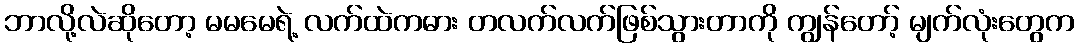
ဘာလို့လဲဆိုတော့ မမမေရဲ့ လက်ထဲကဓား တလက်လက်ဖြစ်သွားတာကို ကျွန်တော့် မျက်လုံးတွေက